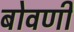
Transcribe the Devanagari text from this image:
बोवणी